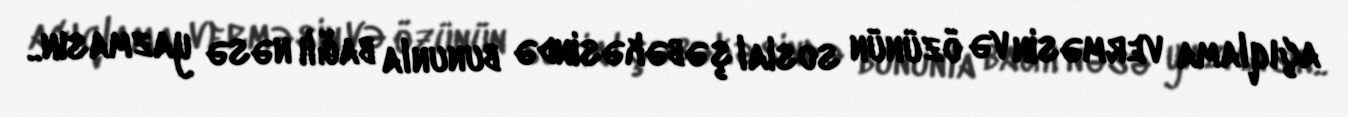
açıqlama verməsin və özünün sosial şəbəkəsində bununla bağlı nəsə yazmasın..